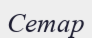
Сетар